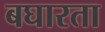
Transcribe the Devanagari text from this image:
बघारता